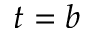
t = b